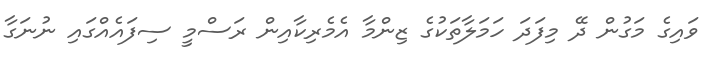
ވައިގެ މަގުން ދޭ މިފަދަ ހަމަލާތަކުގެ ޒިންމާ އެމެރިކާއިން ރަސްމީ ސިފައެއްގައި ނުނަގާ